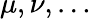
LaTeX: \mu,\nu,\ldots